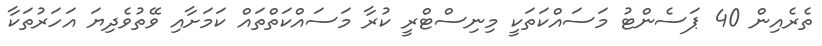
ތެރެއިން 40 ޕަސެންޓު މަސައްކަތަކީ މިނިސްޓްރީ ކުރާ މަސައްކަތްތައް ކަމަށާއި ވޭތުވެދިޔަ އަހަރުތަކާ